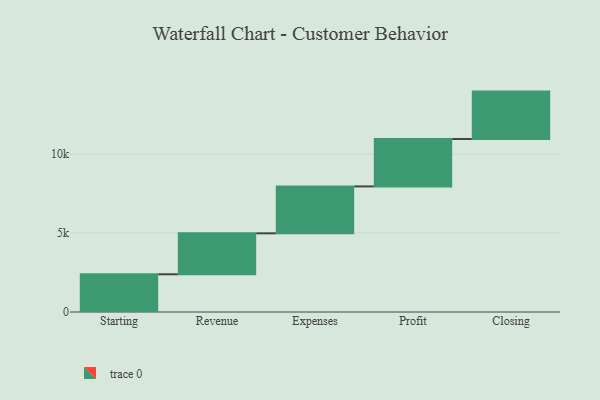
{"axis": {"x": "Step", "y": "Value"}, "legend": [""], "data": [{"x": "Starting", "y": 2387.0, "type": ""}, {"x": "Revenue", "y": 2592.0, "type": ""}, {"x": "Expenses", "y": 2969.0, "type": ""}, {"x": "Profit", "y": 3000, "type": ""}, {"x": "Closing", "y": 3000, "type": ""}]}